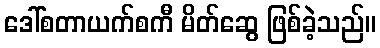
ဒေါ်စတာယက်စကီ မိတ်ဆွေ ဖြစ်ခဲ့သည်။